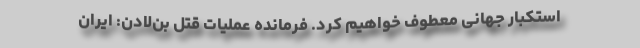
استکبار جهانی معطوف خواهیم کرد. فرمانده عملیات قتل بن‌لادن: ایران